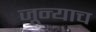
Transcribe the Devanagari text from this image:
जून्याच